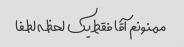
ممنونم آقا فقط یک لحظه لطفا